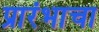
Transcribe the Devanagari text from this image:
प्रारंभाचा